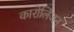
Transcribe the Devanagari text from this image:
कारोलिंजन